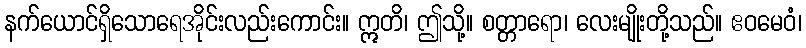
နက်ယောင်ရှိသောရေအိုင်းလည်းကောင်း။ ဣတိ၊ ဤသို့။ စတ္တာရော၊ လေးမျိုးတို့သည်။ ဧဝမေဝံ၊